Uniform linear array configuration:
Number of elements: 64
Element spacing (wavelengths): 0.75
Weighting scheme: uniform
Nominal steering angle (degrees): -15
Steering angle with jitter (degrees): -13.23
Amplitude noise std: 0.05
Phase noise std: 0.05

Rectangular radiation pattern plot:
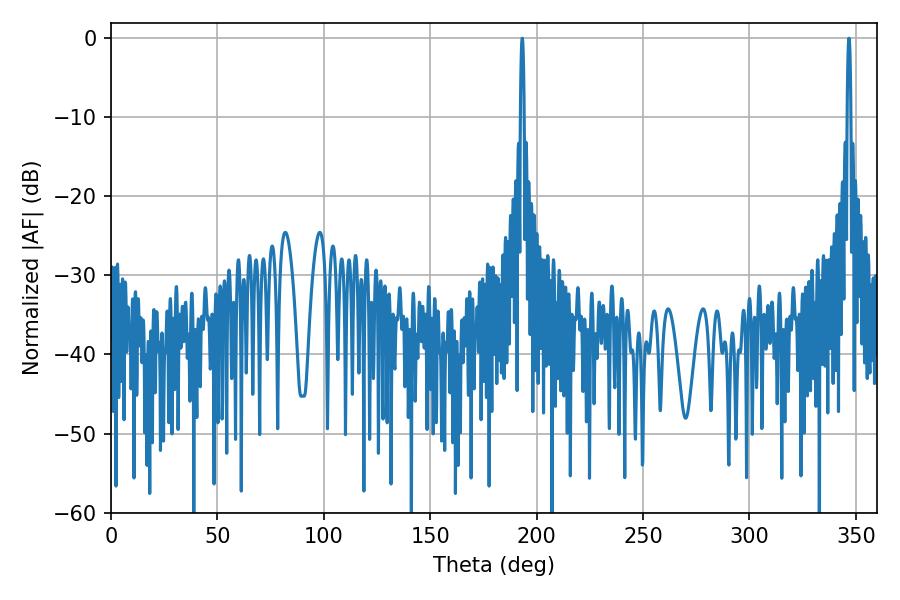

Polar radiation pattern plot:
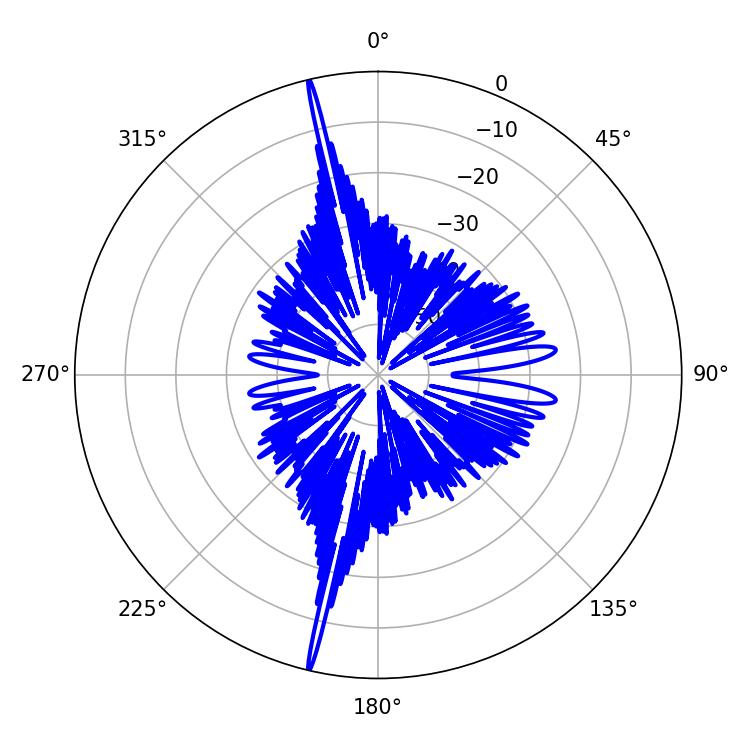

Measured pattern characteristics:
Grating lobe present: TRUE
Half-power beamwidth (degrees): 0.9
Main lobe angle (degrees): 346.68